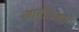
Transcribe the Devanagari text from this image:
मार्तंडवर्मा